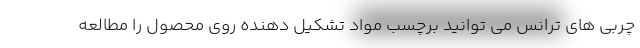
چربی های ترانس می توانید برچسب مواد تشکیل دهنده روی محصول را مطالعه